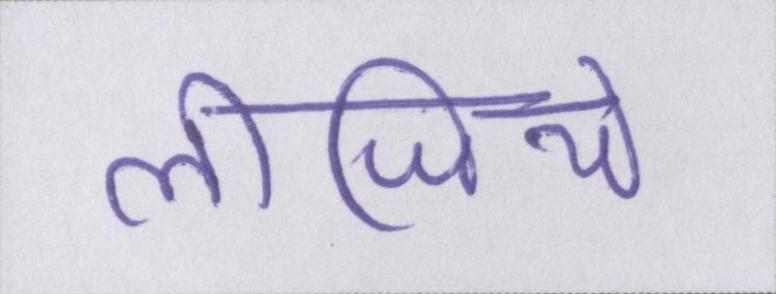
लीजिये